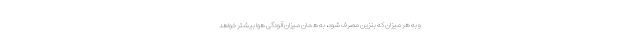
و به هر میزان که بنزین مصرف شود، به همان میزان آلودگی هوا بیشتر خواهد